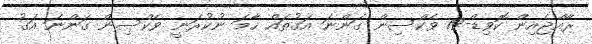
ރާއްޖެއިން ކޮވިޑް-19 ވެކްސިން ގަންނަ އަގުތައް ހާމަ ނުކުރަނީ ވެކްސިން ގަންނަ އަގު